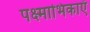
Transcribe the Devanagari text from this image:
पक्ष्माभिकाएँ